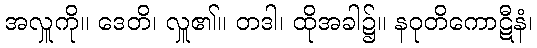
အလှူကို။ ဒေတိ၊ လှူ၏။ တဒါ၊ ထိုအခါ၌။ နဝုတိကောဋီနံ၊